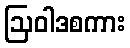
ဩဝါဒစကား